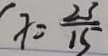
x = \frac { 2 3 } { 1 5 }